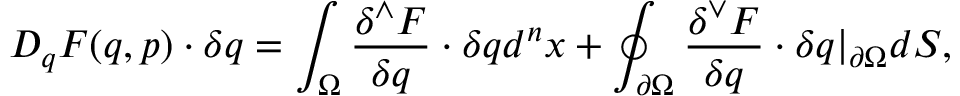
D _ { q } F ( q , p ) \cdot \delta q = \int _ { { \Omega } } { \frac { \delta ^ { \wedge } F } { \delta q } } \cdot \delta q d ^ { n } x + \oint _ { \partial { \Omega } } { \frac { \delta ^ { \vee } F } { \delta q } } \cdot \delta q \vert _ { \partial { \Omega } } d S ,